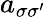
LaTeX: a_{\sigma\sigma^{\prime}}